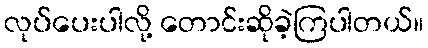
လုပ်ပေးပါလို့ တောင်းဆိုခဲ့ကြပါတယ်။